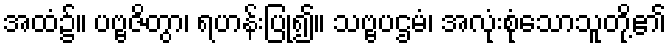
အထံ၌။ ပဗ္ဗဇိတွာ၊ ရဟန်းပြု၍။ သဗ္ဗပဌမံ၊ အလုံးစုံသောသူတို့၏